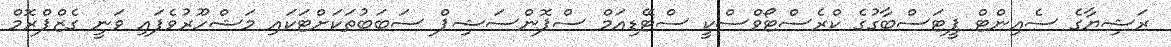
ރަޝިޔާގެ ސެއިންޓް ޕީޓަސްބާގުގެ ކްރެސްޓޯވްސްކީ ސްޓޭޑިއަމް ސްޕޮންސަޝިޕް ސަބަބުތަކަށްޓަކައި މަޝްހޫރުވެފައި ވަނީ ގެޒްޕްރޮމް